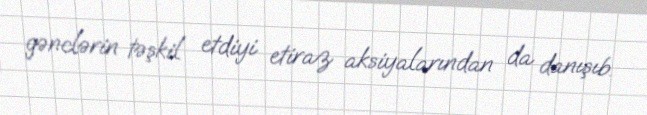
gənclərin təşkil etdiyi etiraz aksiyalarından da danışıb.